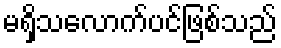
မရှိသလောက်ပင်ဖြစ်သည်